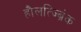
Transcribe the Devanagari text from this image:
हौलत्ज्ब्रिंक